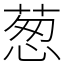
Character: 葱